画像に写った文字を読んでください
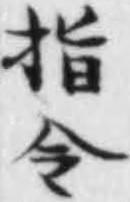
「指令」と書いてあります